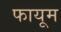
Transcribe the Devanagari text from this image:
फायूम